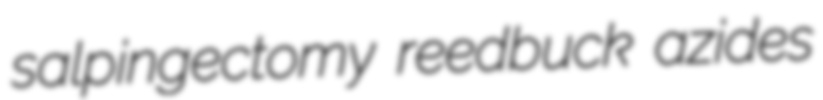
salpingectomy reedbuck azides